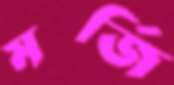
মর্জি